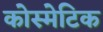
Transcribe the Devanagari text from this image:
कोस्मेटिक